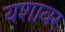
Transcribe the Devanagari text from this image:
यशावर